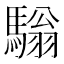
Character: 𩥛